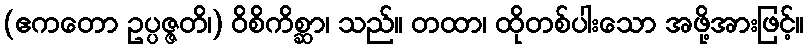
(ဧကတော ဥပ္ပဇ္ဇတိ၊) ဝိစိကိစ္ဆာ၊ သည်။ တထာ၊ ထိုတစ်ပါးသော အဖို့အားဖြင့်။